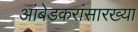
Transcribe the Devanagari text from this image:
आंबेडकरांसारख्या